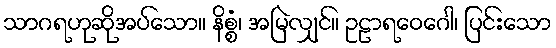
သာဂရဟုဆိုအပ်သော။ နိစ္စံ၊ အမြဲလျှင်။ ဥဠာရဝေဂေါ၊ ပြင်းသော